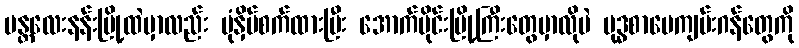
မန္တလေးနန်းမြို့ထဲမှာလည်း ပုံနှိပ်စက်ထားပြီး အောက်ပိုင်းမြို့ကြီးတွေမှာလိုပဲ ဗုဒ္ဓစာပေကျမ်းဂန်တွေကို